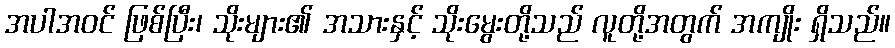
အပါအဝင် ဖြစ်ပြီး၊ သိုးများ၏ အသားနှင့် သိုးမွေးတို့သည် လူတို့အတွက် အကျိုး ရှိသည်။